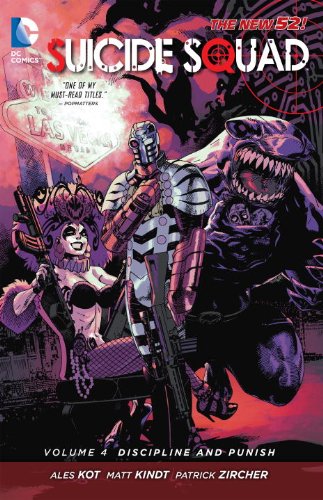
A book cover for Suicide Squad Vol. 4: Discipline and Punish (The New 52); Ales Kot; Comics & Graphic Novels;